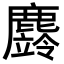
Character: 𪋚